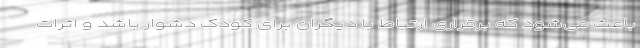
باعث می‌شود که برقراری ارتباط با دیگران برای کودک دشوار باشد و اثرات